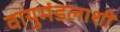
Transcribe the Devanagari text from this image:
वायुमंडलाशी